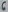
Text: 6